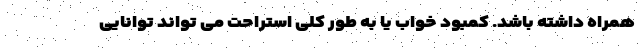
همراه داشته باشد. کمبود خواب یا به طور کلی استراحت می تواند توانایی